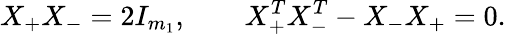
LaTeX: X_{+}X_{-}=2I_{m_{1}},\qquad X_{+}^{T}X_{-}^{T}-X_{-}X_{+}=0.